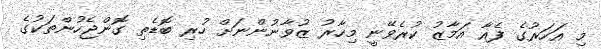
މި އަހަރުގެ ފެއާ އަމާޒު ކުރެވޭނީ މިހާރު ޒުވާނުންނަށް ހުރި ބޮޑެތި ގޮންޖެހުންތަކުގެ